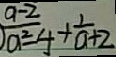
\frac { a - 2 } { a ^ { 2 } - 4 } + \frac { 1 } { a + 2 }